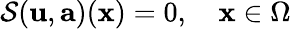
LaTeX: \mathcal{S}(\mathbf{u},\mathbf{a})(\mathbf{x})=0,\quad\mathbf{x}\in\Omega